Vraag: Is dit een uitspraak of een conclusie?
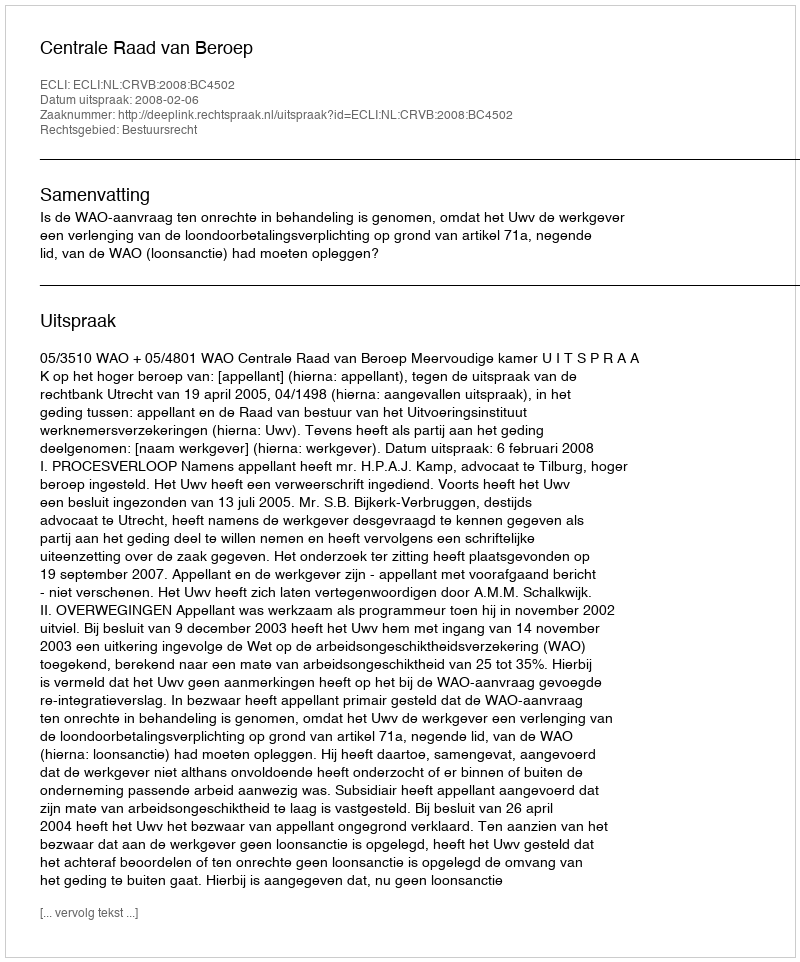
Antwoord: Uitspraak